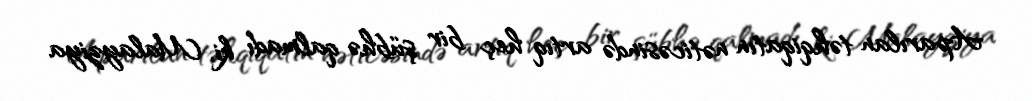
Aparılan təhqiqatın nəticəsində artıq heç bir şübhə qalmadı ki, Malayziya